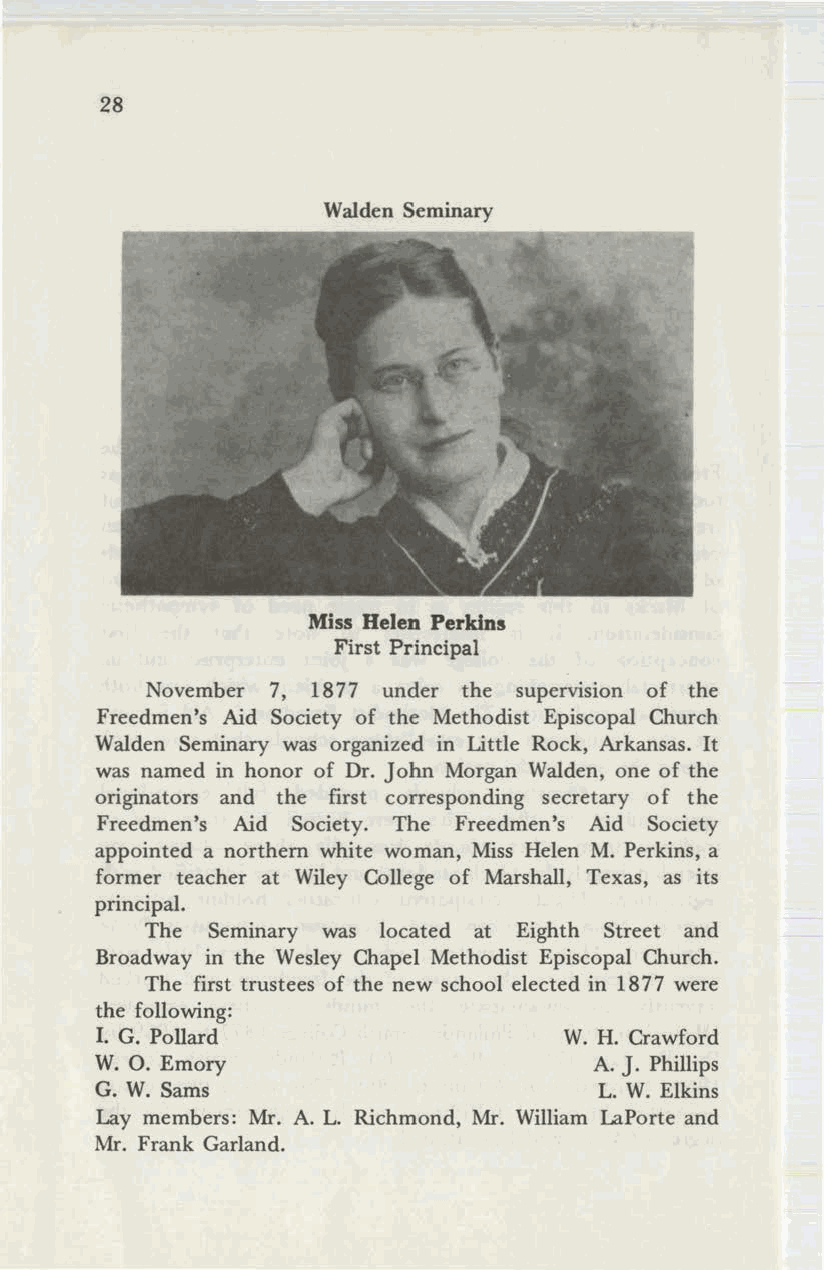
28
 Walden Seminary
 Miss Helen Perkins
 First Principal
 November 7, 1877 under the supervision of the
 Freedmen's Aid Society of the Methodist Episcopal Church
 Walden Seminary was organized in Little Rock, Arkansas. It
 was named in honor of Dr. John Morgan Walden, one of the
 originators and the first corresponding secretary of the
 Freedmen's Aid Society. The Freedmen's Aid Society
 appointed a northern white woman, Miss Helen M. Perkins, a
 former teacher at Wiley College of Marshall, Texas, as its
 principal.
 The Seminary was located at Eighth Street and
 Broadway in the Wesley Chapel Methodist Episcopal Church.
 The first trustees of the new school elected in 1877 were
 the following:
 I. G. Pollard                  W. H. Crawford
 W. O. Emory                      A. J. Phillips
 G. W. Sams                        L. W. Elkins
 Lay members: Mr. A. L. Richmond, Mr. William LaPorte and
 Mr. Frank Garland.